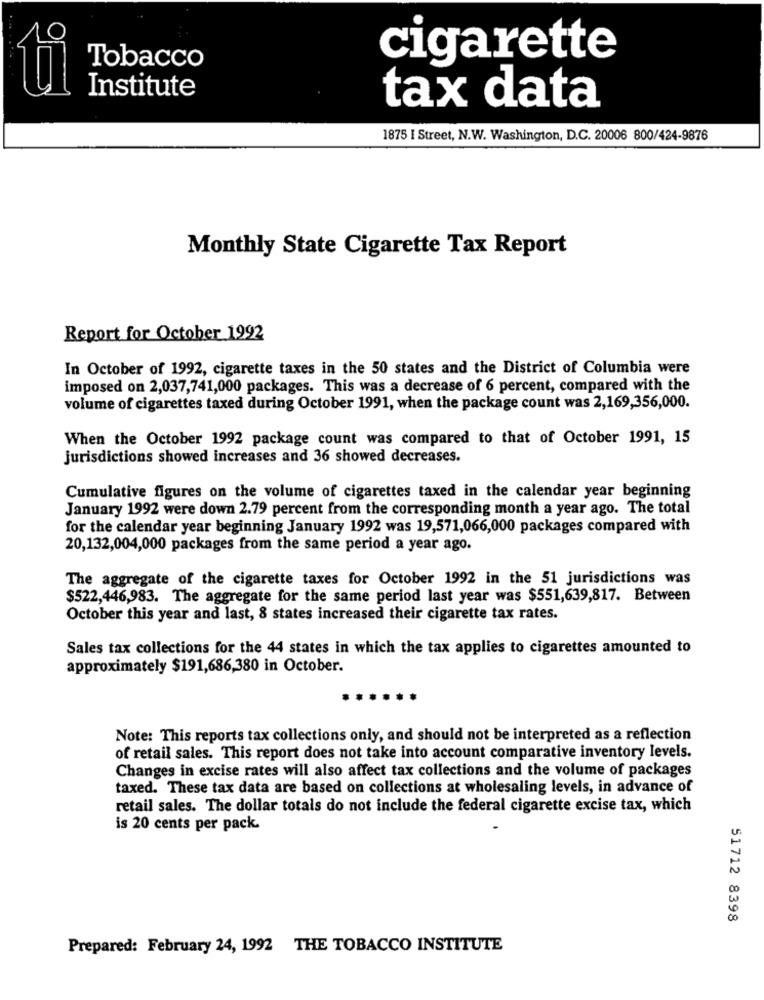
Tobacco
cigarette
ti
Institute
tax data
1875 I Street, N.W. Washington, D.C. 20006 800/424-9876
Monthly State Cigarette Tax Report
Report for October 1992
In October of 1992, cigarette taxes in the 50 states and the District of Columbia were
imposed on 2,037,741,000 packages. This was a decrease of 6 percent, compared with the
volume of cigarettes taxed during October 1991, when the package count was 2,169,356,000.
When the October 1992 package count was compared to that of October 1991, 15
jurisdictions showed increases and 36 showed decreases.
Cumulative figures on the volume of cigarettes taxed in the calendar year beginning
January 1992 were down 2.79 percent from the corresponding month a year ago. The total
for the calendar year beginning January 1992 was 19,571,066,000 packages compared with
20,132,004,000 packages from the same period a year ago.
The aggregate of the cigarette taxes for October 1992 in the 51 jurisdictions was
$522,446,983. The aggregate for the same period last year was $551,639,817. Between
October this year and last, 8 states increased their cigarette tax rates.
Sales tax collections for the 44 states in which the tax applies to cigarettes amounted to
approximately $191,686,380 in October.
Note: This reports tax collections only, and should not be interpreted as a reflection
of retail sales. This report does not take into account comparative inventory levels.
Changes in excise rates will also affect tax collections and the volume of packages
taxed. These tax data are based on collections at wholesaling levels, in advance of
retail sales. The dollar totals do not include the federal cigarette excise tax, which
is 20 cents per pack.
51712 8398
Prepared: February 24, 1992 THE TOBACCO INSTITUTE